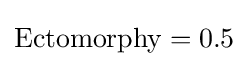
{\text{Ectomorphy}}=0.5